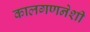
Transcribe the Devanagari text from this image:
कालगणनेशी